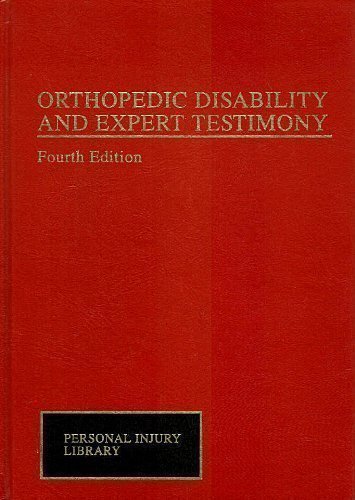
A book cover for Orthopedic Disability and Expert Testimony (Personal Injury Library); Law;